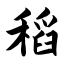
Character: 稻